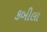
કબીલા